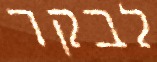
לבקר